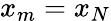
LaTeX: {{x}_{m}}={{x}_{N}}